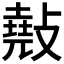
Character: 𢿣